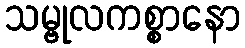
သမ္ဗုလကစ္စာနော